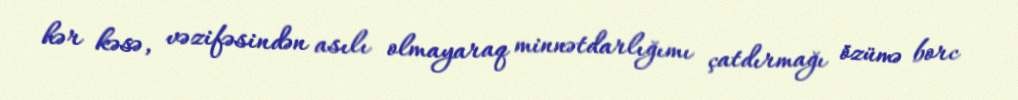
hər kəsə, vəzifəsindən asılı olmayaraq minnətdarlığımı çatdırmağı özümə borc